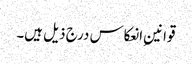
قوانینِ انعکاس درج ذیل ہیں۔